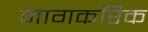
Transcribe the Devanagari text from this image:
नागकरिक